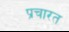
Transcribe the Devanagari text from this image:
प्रचारत